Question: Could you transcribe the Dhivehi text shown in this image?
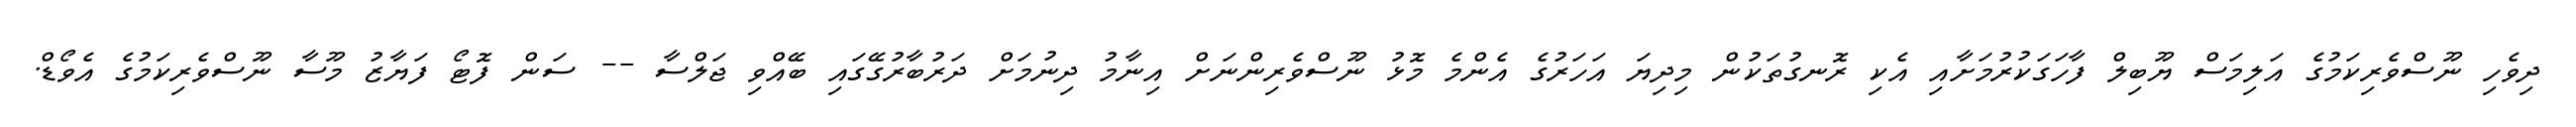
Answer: ދިވެހި ނޫސްވެރިކަމުގެ އަލިމަސް ޔޫބިލް ފާހަގަކުރުމަށާއި އެކި ރޮނގުތަކުން މިދިޔަ އަހަރުގެ އެންމެ މޮޅު ނޫސްވެރިންނަށް އިނާމު ދިނުމަށް ދަރުބާރުގޭގައި ބޭއްވި ޖަލްސާ -- ސަން ފޮޓޯ ފަޔާޒު މޫސާ ނޫސްވެރިކަމުގެ އެވޯޑް.